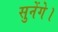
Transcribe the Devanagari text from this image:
सुनेंगे।